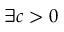
\exists c > 0